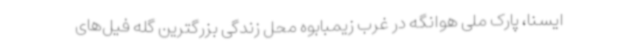
ایسنا، پارک ملی هوانگه در غرب زیمبابوه محل زندگی بزرگترین گله فیل‌های